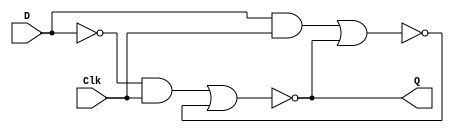
module L5part2 (Clk, D, Q);

  input Clk, D;
  output Q;

  reg R,S,R_g, S_g /* synthesis keep */ ;
  wire Qa,Qb;

  always @(Clk,D) begin
 
  R = ~D;
  S = D;
  R_g = R & Clk;
  S_g = S & Clk;
  
  end
  
  assign Qa = ~(R_g|Qb);
  assign Qb = ~(S_g|Qa);
  assign Q = Qa;
  
endmodule